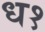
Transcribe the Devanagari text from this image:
ध१